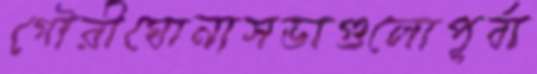
গৌরীঘোনাসভাগুলোপূর্বা